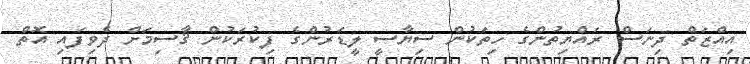
އިއްޒަތް ދިނަސް ރައްޔިތުންގެ ހިތަކުން ސިޔާސީ ލީޑަރުންގެ ފިކުރަކުން ޤާސިމަށް ދެވިފައި އޮތް